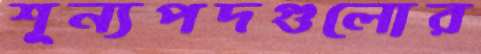
শূন্যপদগুলোর